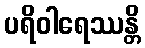
ပရိဝါရေဿန္တိ